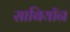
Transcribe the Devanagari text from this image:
साबियॉन